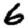
Digit: 6